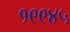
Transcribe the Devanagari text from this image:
१९९४५